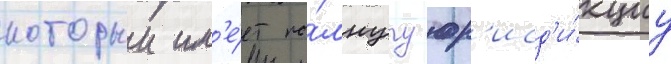
которыи им'е́ет по́лнуу юр'исд'и́кциу